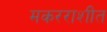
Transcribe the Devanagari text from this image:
मकरराशीत